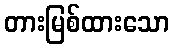
တားမြစ်ထားသော